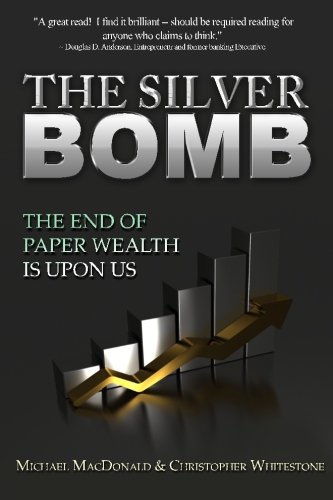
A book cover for The Silver Bomb: The End Of Paper Wealth Is Upon Us (Volume 1); Michael MacDonald; Business & Money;